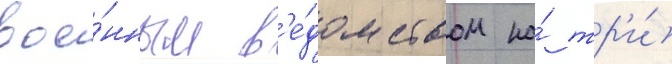
вое́нным в'е́домством на́ тр'и́